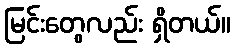
မြင်းတွေလည်း ရှိတယ်။